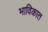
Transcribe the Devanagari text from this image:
भाविकात